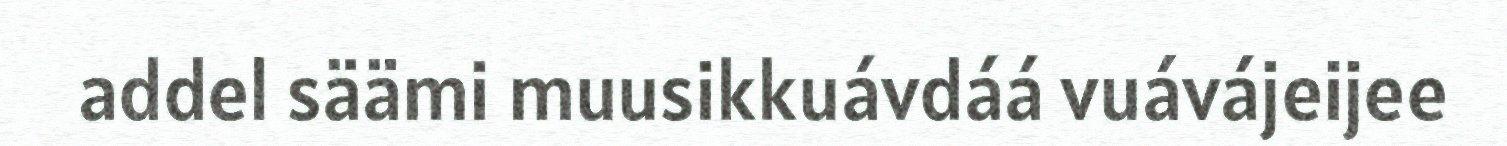
addel säämi muusikkuávdáá vuávájeijee